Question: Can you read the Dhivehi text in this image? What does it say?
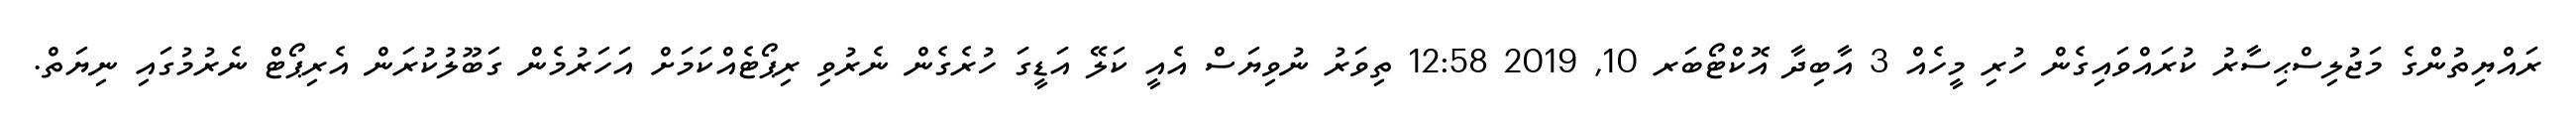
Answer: ރައްޔިތުންގެ މަޖުލިސްޙިސާރު ކުރައްވައިގެން ހުރި މީހެއް 3 އާބިދާ އޮކްޓޯބަރ 10, 2019 12:58 ތިވަރު ނުވިޔަސް އެއީ ކަލޭ އަޑީގަ ހުރެގެން ނެރުވި ރިޕޯޓެއްކަމަށް އަހަރުމެން ގަބޫލުކުރަން އެރިޕޯޓް ނެރުމުގައި ނިޔަތް.